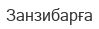
Занзибарға